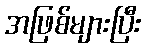
အဖြစ်များပြီး